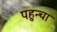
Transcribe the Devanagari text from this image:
पहुन्चा